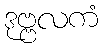
ဒုဗ္ဗလကံ